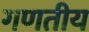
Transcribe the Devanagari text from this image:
गणतीय